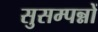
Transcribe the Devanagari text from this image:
सुसम्पन्नों